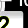
Digit: 2